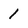
Character: 1